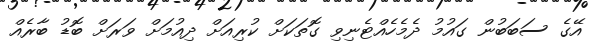
އޭގެ ސަބަބުން ގައުމު ދެމެހެއްޓެނިވި ގޮތަކަށް ކުރިއަށް ދިއުމަށް ވަރަށް ބޮޑު ބާރެއް